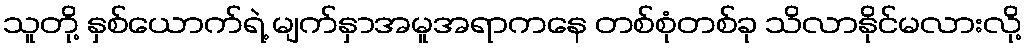
သူတို့ နှစ်ယောက်ရဲ့ မျက်နှာအမူအရာကနေ တစ်စုံတစ်ခု သိလာနိုင်မလားလို့